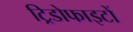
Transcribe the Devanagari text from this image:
ट्रिडोफाइटों